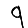
Digit: 9